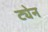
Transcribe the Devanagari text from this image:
ट्येन